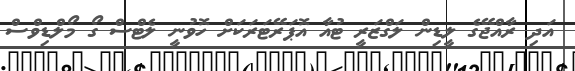
އަދި ރާއްޖޭގެ ލީޑިން ލަގްޒަރީ ޓުއާ އޮޕަރޭޓަރަކަށް ހޮވުނީ ލެޓްސް ގޯ މޯލްޑިވްސް